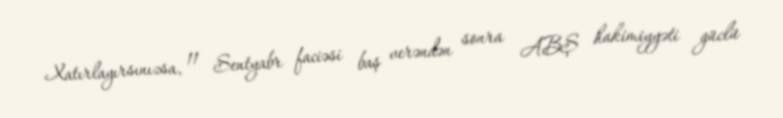
Xatırlayırsınızsa, 11 Sentyabr faciəsi baş verəndən sonra ABŞ hakimiyyəti güclü